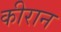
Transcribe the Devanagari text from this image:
कीरान